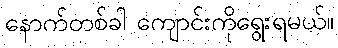
နောက်တစ်ခါ ကျောင်းကိုရွေးရမယ်။